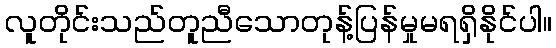
လူတိုင်းသည်တူညီသောတုန့်ပြန်မှုမရရှိနိုင်ပါ။